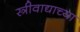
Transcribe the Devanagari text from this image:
स्त्रीवाद्याच्या